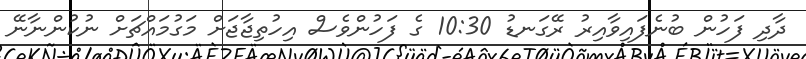
ދާދި ފަހުން ބުނެފައިވާއިރު ރޭގަނޑު 10:30 ގެ ފަހުންވެސް އިހުތިޖާޖަށް މަގުމައްޗަށް ނުކުންނާނޭ